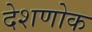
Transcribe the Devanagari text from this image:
देशणोक